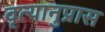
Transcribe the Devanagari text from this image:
वृत्यानुप्रास